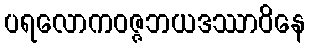
ပရလောကဝဇ္ဇဘယဒဿာဝိနေ